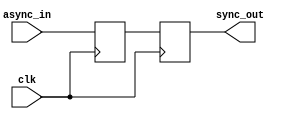
module ms_ff_synchronizer (
    input wire clk,           // Clock signal
    input wire async_in,      // Asynchronous input signal
    output reg sync_out       // Synchronized output signal
);

    // Intermediate signal for the master flip-flop output
    reg master_out;

    // Master Flip-Flop: Captures the input on the rising edge of the clock
    always @(posedge clk) begin
        master_out <= async_in; // Capture input data on rising edge
    end

    // Slave Flip-Flop: Captures the master output on the falling edge of the clock
    always @(negedge clk) begin
        sync_out <= master_out; // Capture master output on falling edge
    end

endmodule